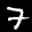
Label: 7